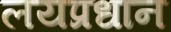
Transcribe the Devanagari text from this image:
लयप्रधान